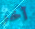
آخر